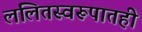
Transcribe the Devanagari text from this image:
ललितस्वरूपातही